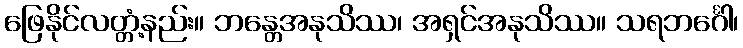
ဖြေနိုင်လတ္တံ့နည်း။ ဘန္တေအနုသိဿ၊ အရှင်အနုသိဿ။ သရဘင်္ဂေါ၊